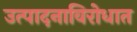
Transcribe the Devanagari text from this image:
उत्पादनाविरोधात